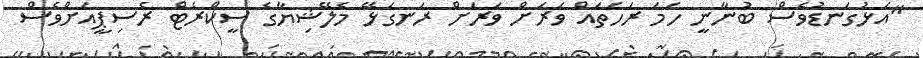
"އަޅުގަނޑުވެސް ބުނާނީ ހަމަ ރަހަތައް ވަރަށް ވަރަށް ރަނގަޅޭ މެލޭޝިޔާގެ ސީކްރެޓް ރެސިޕީއަށްވެސް